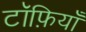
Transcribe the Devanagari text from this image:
टॉफ़ियाँ